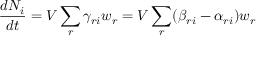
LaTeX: { \frac { d N _ { i } } { d t } } = V \sum _ { r } \gamma _ { r i } w _ { r } = V \sum _ { r } ( \beta _ { r i } - \alpha _ { r i } ) w _ { r }